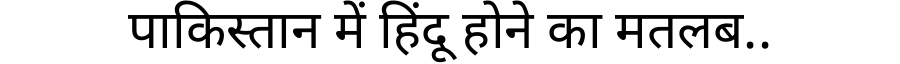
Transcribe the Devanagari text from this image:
पाकिस्तान में हिंदू होने का मतलब..